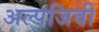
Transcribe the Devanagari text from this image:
अल्पजिवी